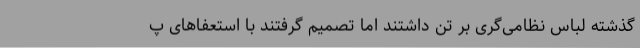
گذشته لباس نظامی‌گری بر تن داشتند اما تصمیم گرفتند با استعفاهای پ